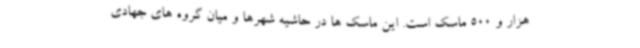
هزار و 500 ماسک است. این ماسک ها در حاشیه شهرها و میان گروه های جهادی